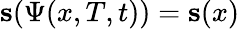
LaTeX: \mathbf{s}(\Psi(x,T,t))=\mathbf{s}(x)